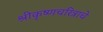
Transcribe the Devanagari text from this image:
श्रीकृष्णचरित्राचे